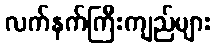
လက်နက်ကြီးကျည်များ